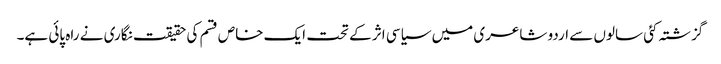
گزشتہ کئی سالوں سے اردو شاعری میں سیاسی اثر کے تحت ایک خاص قسم کی حقیقت نگاری نے راہ پائی ہے۔